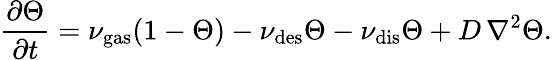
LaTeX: \frac{\partial\Theta}{\partial t}=\nu_{\mathrm{gas}}(1-\Theta)-\nu_{\mathrm{des}}\Theta-\nu_{\mathrm{dis}}\Theta+D\, \nabla^{2}\Theta.